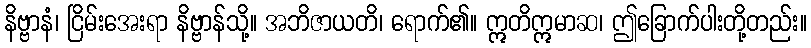
နိဗ္ဗာနံ၊ ငြိမ်းအေးရာ နိဗ္ဗာန်သို့။ အဘိဇာယတိ၊ ရောက်၏။ ဣတိဣမာဆ၊ ဤခြောက်ပါးတို့တည်း။